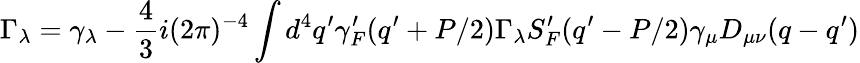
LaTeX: \Gamma_{\lambda}=\gamma_{\lambda}-{\frac{4}{3}}i(2\pi)^{-4}\int d^{4}q^{\prime}\gamma_{F}^{\prime}(q^{\prime}+P/2)\Gamma_{\lambda}S_{F}^{\prime}(q^{\prime}-P/2)\gamma_{\mu}D_{\mu\nu}(q-q^{\prime})